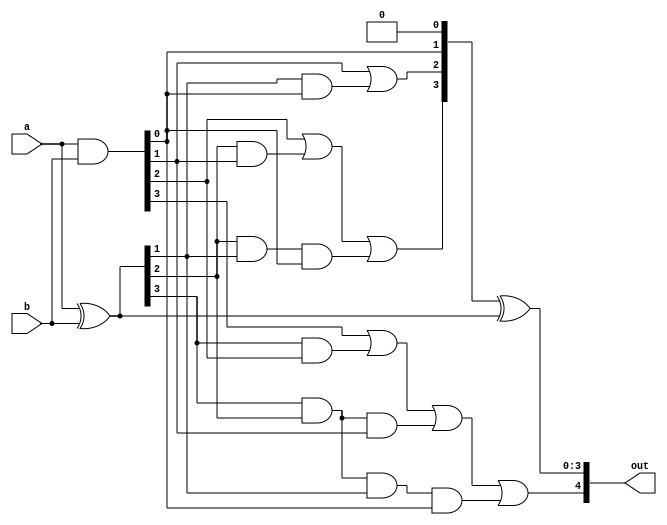
`timescale 1ns / 1ps
//////////////////////////////////////////////////////////////////////////////////
// Company: 
// Engineer: 
// 
// Design Name: 
// Module Name:    carry_lookahead 
// Project Name: 
// Target Devices: 
// Tool versions: 
// Description: 
//
// Dependencies: 
//
// Revision: 
// Revision 0.01 - File Created
// Additional Comments: 
//
//////////////////////////////////////////////////////////////////////////////////
module carry_lookahead(
    input [3:0] a,
    input [3:0] b,
    output [4:0] out//,
//	 output [3:0] g,
//	 output [3:0] p
    );

	wire [3:0] p;
	wire [3:0] g;
	wire [4:0] c;
	
	assign g = a & b;
	assign p = a ^ b;
	
	assign c[0] = 1'b0;
	assign c[1] = g[0] | (p[0] & c[0]);
	assign c[2] = g[1] | (p[1] & g[0]) | (p[1]&p[0]&c[0]);
	assign c[3] = g[2] | (p[2] & g[1]) | (p[2]&p[1]&g[0]) | (p[2]&p[1]&p[0]&c[0]);
	assign c[4] = g[3] | (p[3] & g[2]) | (p[3]&p[2]&g[1]) | (p[3]&p[2]&p[1]&g[0]) | (p[3]&p[2]&p[1]&p[0]&c[0]);

	assign out[3:0] = c[3:0] ^ p;
	assign out[4] = c[4];
	
endmodule